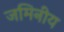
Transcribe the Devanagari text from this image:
जमिनीय